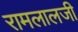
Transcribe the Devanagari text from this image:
रामलालजी